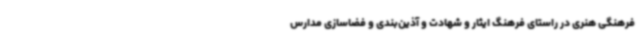
فرهنگی هنری در راستای فرهنگ ایثار و شهادت و آذین‌بندی و فضاسازی مدارس